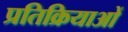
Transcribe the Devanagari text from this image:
प्रतिक्रियाआें